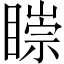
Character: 𥊠